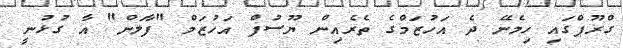
ގްރޫޕްގައި ހިމެނޭ ދެ އަހުޒަމްގެ ތެރެއިން ޔޫސުފް އަހުޒަމް "ފާލަން" އާ ގުޅުނީ